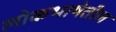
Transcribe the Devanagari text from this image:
लोकभाषेतील